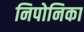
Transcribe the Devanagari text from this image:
निपोनिका